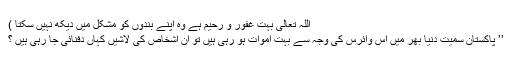
اللہ تعالی بہت غفور و رحیم ہے وہ اپنے بندوں کو مشکل میں دیکھ نہیں سکتا )
’’ پاکستان سمیت دنیا بھر میں اس وائرس کی وجہ سے بہت اموات ہو رہی ہیں تو ان اشخاص کی لاشیں کہاں دفنائی جا رہی ہیں ؟